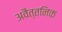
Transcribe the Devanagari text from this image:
अवैत्तनिक